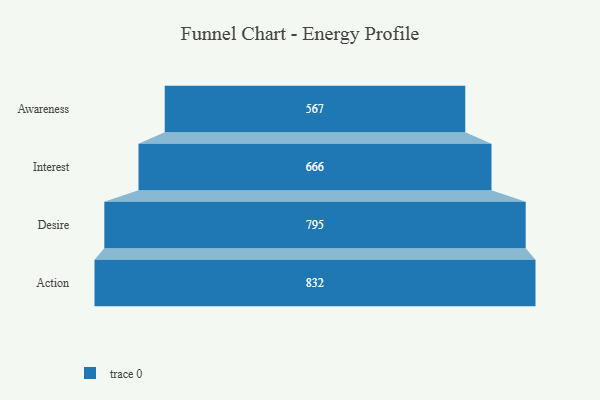
{"axis": {"x": "Stage", "y": "Value"}, "legend": [""], "data": [{"x": "Awareness", "y": 567.0, "type": ""}, {"x": "Interest", "y": 666.0, "type": ""}, {"x": "Desire", "y": 795.0, "type": ""}, {"x": "Action", "y": 832.0, "type": ""}]}